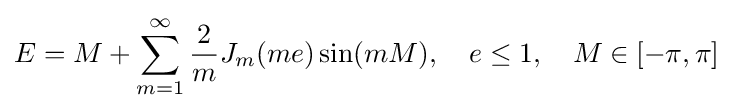
E=M+\sum _{m=1}^{\infty }{\frac {2}{m}}J_{m}(me)\sin(mM),\quad e\leq 1,\quad M\in [-\pi ,\pi ]